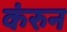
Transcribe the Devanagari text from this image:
कंरुन